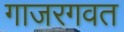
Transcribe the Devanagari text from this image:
गाजरगवत